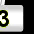
Digit: 3